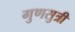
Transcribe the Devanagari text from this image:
गुणसुत्री